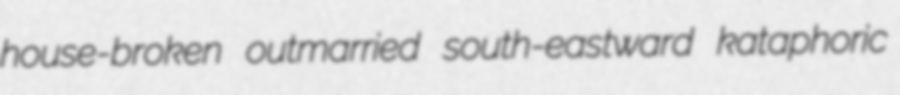
house-broken outmarried south-eastward kataphoric